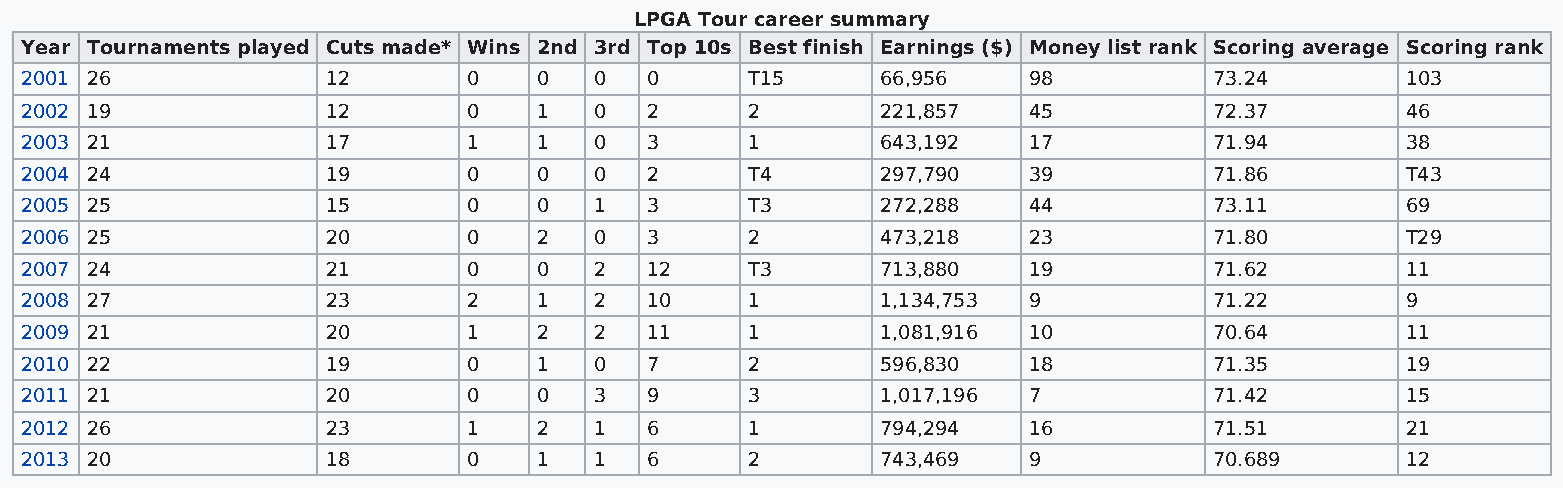
LPGA Tour career summary
 Year Tournaments played Cuts made* Wins 2nd 3rd Top 10s Best finish Earnings ($) Money list rank Scoring average Scoring rank
 2001 26              12       0    0  0   0      T15     66,956    98          73.24        103
 2002 19              12       0    1  0   2      2       221,857   45          72.37        46
 2003 21              17       1    1  0   3      1       643,192   17          71.94        38
 2004 24              19       0    0  0   2      T4      297,790   39          71.86        T43
 2005 25              15       0    0  1   3      T3      272,288   44          73.11        69
 2006 25              20       0    2  0   3      2       473,218   23          71.80        T29
 2007 24              21       0    0  2   12     T3      713,880   19          71.62        11
 2008 27              23       2    1  2   10     1       1,134,753 9           71.22        9
 2009 21              20       1    2  2   11     1       1,081,916 10          70.64        11
 2010 22              19       0    1  0   7      2       596,830   18          71.35        19
 2011 21              20       0    0  3   9      3       1,017,196 7           71.42        15
 2012 26              23       1    2  1   6      1       794,294   16          71.51        21
 2013 20              18       0    1  1   6      2       743,469   9           70.689       12